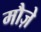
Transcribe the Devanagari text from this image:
मौज़े